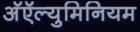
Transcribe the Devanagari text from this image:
अॅऍल्युमिनियम